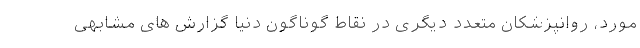
مورد، روانپزشکان متعدد دیگری در نقاط گوناگون دنیا گزارش های مشابهی